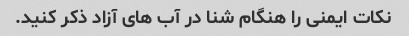
نکات ایمنی را هنگام شنا در آب های آزاد ذکر کنید.